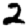
Digit: 2